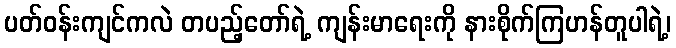
ပတ်ဝန်းကျင်ကလဲ တပည့်တော်ရဲ့ ကျန်းမာရေးကို နားစိုက်ကြဟန်တူပါရဲ့၊